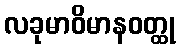
လခုမာဝိမာနဝတ္ထု